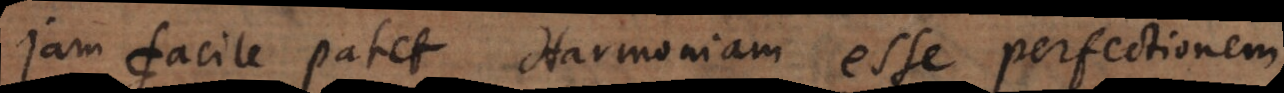
jam facile patet Harmoniam esse perfectionem